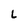
Character: L